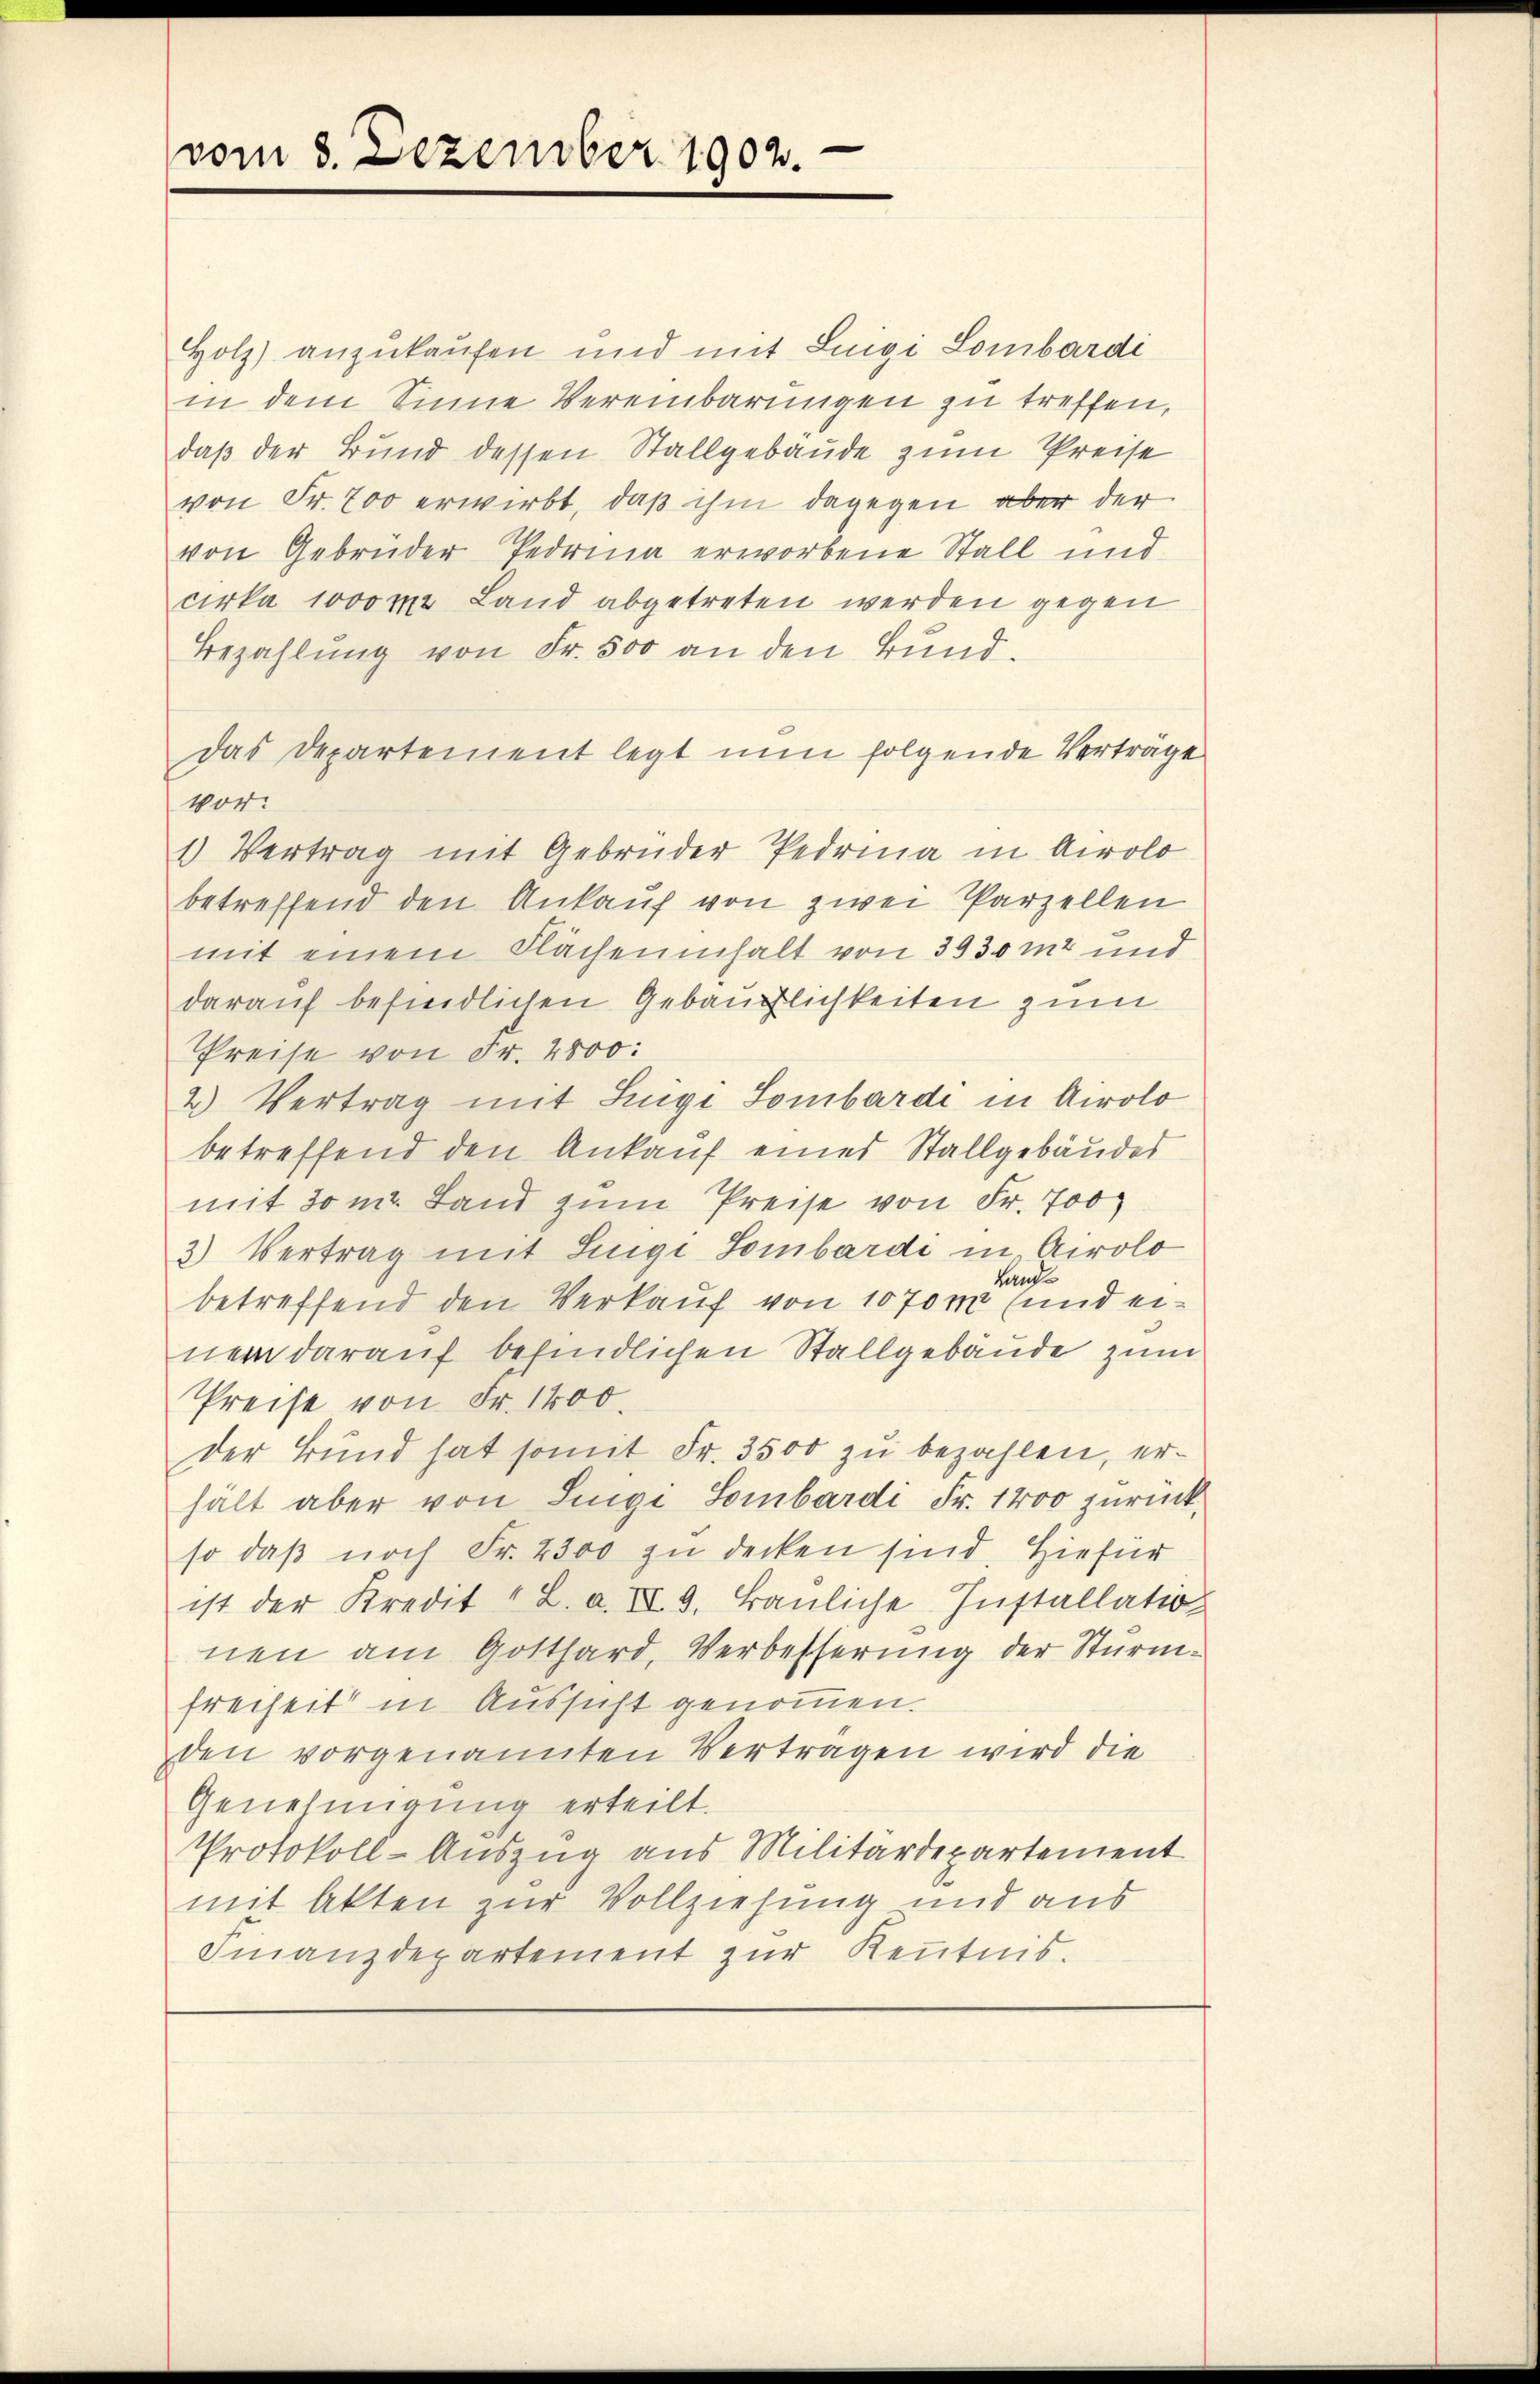
vom 3. Dezember 1902.

Holz) anzukaufen und mit Luigi Lombardi
in dem Sinne Vereinbarungen zu treffen,
daß der Bund dessen Stallgebäude zum Preise
von Fr. 700 erwirbt, daß ihm dagegen aber der
von Gebrüder Perina erworbene Stall und
cirka 1000 m Land abgetreten werden gegen
Bezahlung von Fr. 500 an den Bund.
Das Departement legt nun folgende Verträge
vor:
1) Vertrag mit Gebrüder Perina in Airolo
betreffend den Ankauf von zwei Parzellen
mit einem Flächeninhalt von 3930 m2 und
darauf befindlichen Gebäulichkeiten zum
Preise von Fr. 4800:
2) Vertrag mit Luigi Lombardi in Airolo
betreffend den Ankauf eines Stallgebäudes
mit 30 m. Land zum Preise von Fr. 700
3) Vertrag mit Luigi Lombardi in Airolo
Lande
betreffend den Verkauf von 1070m (und einer darauf befindlichen Stallgebäude zum
Preise von Fr. 1400.
der Bund hat somit Fr. 3500 zu bezahlen, erhält aber von Singi Lombardi Fr. 1400 zurück,
so daβ noch Fr. 2300 zu decken sind. Hiefür
ist der Kredit " L. a. II 9. Baŭliche Installation
nen am Gotthard, Verbesserung der Sturmfreiheit in Aussicht genommen.
den vorgenannten Verträgen wird die
Genehmigung erteilt.
Protokoll-Auszug aus Militärdepartement
mit Akten zur Vollziehung und aus
Finanzdepartement zur Kenntnis.